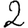
Digit: 2